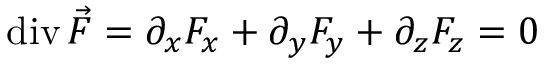
\operatorname { d i v } { \vec { F } } = \partial _ { x } F _ { x } + \partial _ { y } F _ { y } + \partial _ { z } F _ { z } = 0